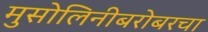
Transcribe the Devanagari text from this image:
मुसोलिनीबरोबरचा